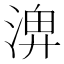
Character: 𪶣